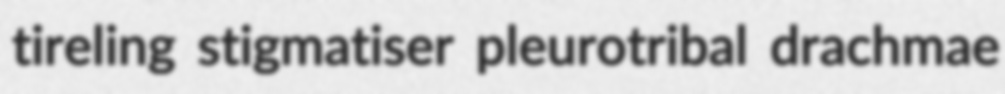
tireling stigmatiser pleurotribal drachmae